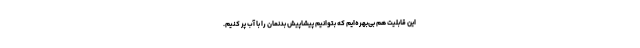
این قابلیت هم بی‌بهره‌ایم که بتوانیم پیشاپیش بدنمان را با آب پر کنیم.